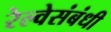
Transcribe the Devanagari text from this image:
रेल्वेसंबंधी